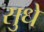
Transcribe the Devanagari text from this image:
सुधे